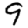
Digit: 9